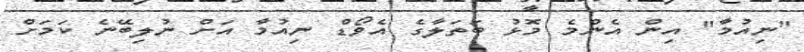
"ނިއުމާ" އިން އެންމެ މޮޅު ބަތަލާގެ އެވޯޑް ނިއުމާ އަށް ނުލިބޭނެ ކަމަށް